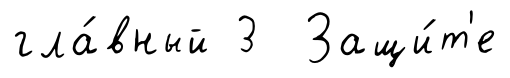
гла́вный 3 Защи́т'е